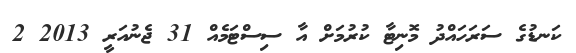
ކަނޑުގެ ސަރަހައްދު މޮނިޓާ ކުރުމަށް އާ ސިސްޓަމެއް 31 ޖެނުއަރީ 2013 2